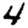
Digit: 4